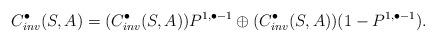
LaTeX: \begin{align*}C^\bullet_{inv}(S,A) & = (C^\bullet_{inv}(S,A))P^{1,\bullet-1} \oplus (C^\bullet_{inv}(S,A))(1-P^{1,\bullet-1}).\end{align*}